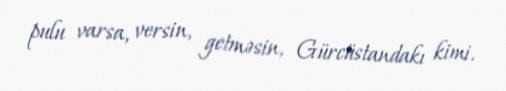
pulu varsa, versin, getməsin, Gürcüstandakı kimi.